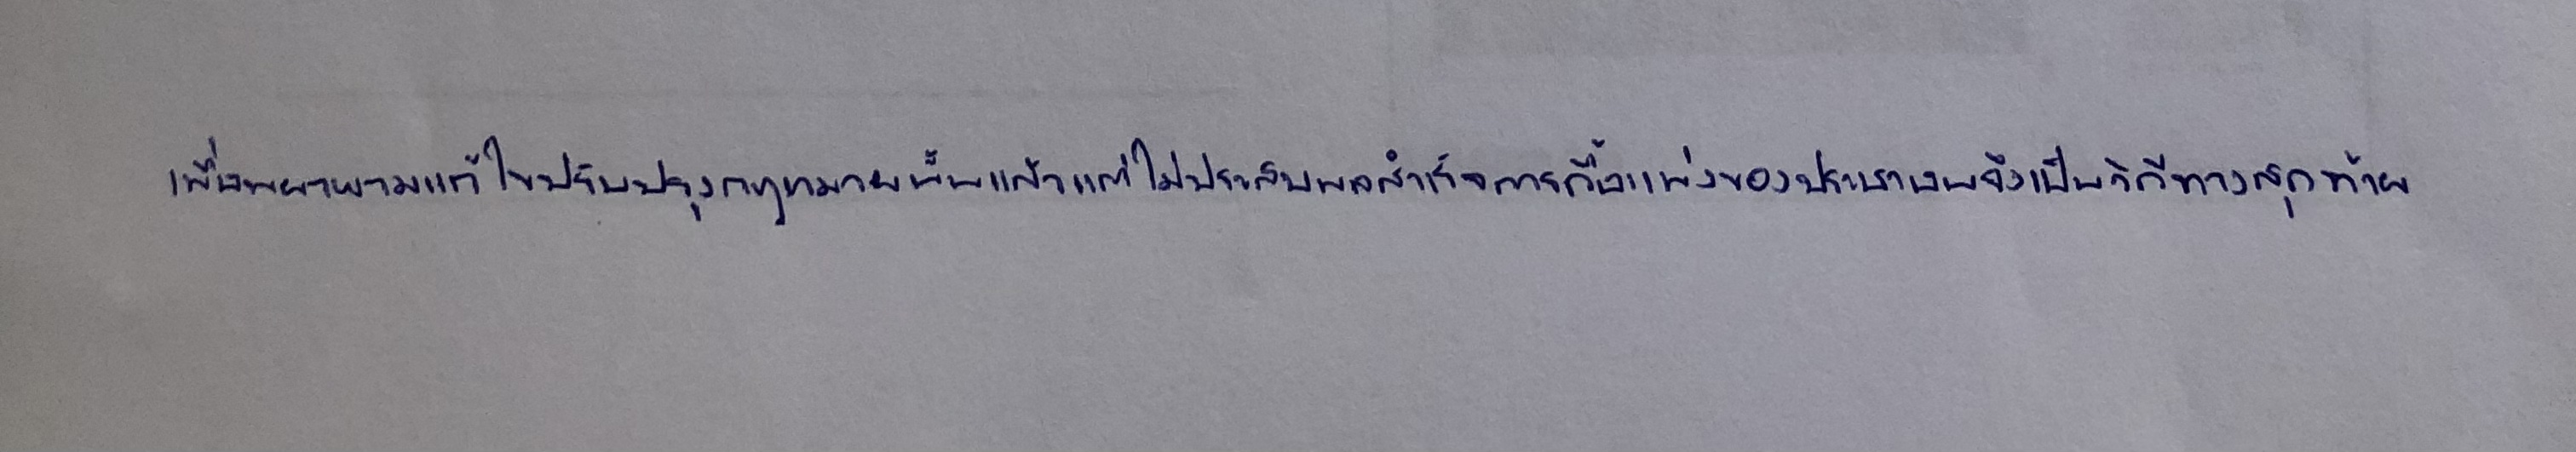
เพื่อพยายามแก้ไขปรับปรุงกฎหมายนั้นแล้วแต่ไม่ประสบผลสำเร็จการดื้อแพ่งของประชาชนจึงเป็นวิถีทางสุดท้าย